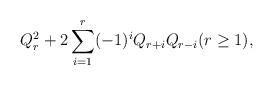
LaTeX: \begin{align*}Q_r^2+2\sum_{i=1}^{r}(-1)^i Q_{r+i}Q_{r-i}(r\geq 1),\end{align*}